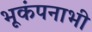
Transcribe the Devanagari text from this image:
भूकंपनाभी